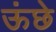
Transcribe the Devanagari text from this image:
ऊंछे